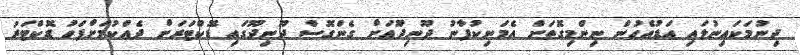
ދިނުމަކައިނުލައި އަޑުއެހުން ނިންމިގޮތަށް އެމަނިކުފާނު ދޫނިދޫއަށް ގެންގޮސް ދޫނިދޫގައި ޑޮކްޓަރަށް ދެއްކުމަށްފަހު ޑޮކްޓަރު